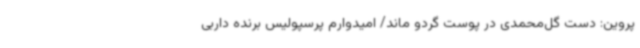
پروین: دست گل‌محمدی در پوست گردو ماند/ امیدوارم پرسپولیس برنده داربی